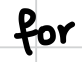
Text: for
Cross-out: clean
Writing tool: digital_black